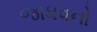
જાધવનો